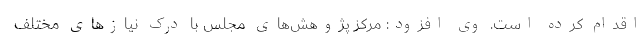
اقدام کرده است. وی افزود: مرکز پژوهش‌های مجلس با درک نیازهای مختلف